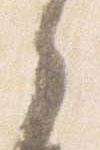
之